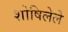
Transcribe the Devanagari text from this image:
शोषिलेले